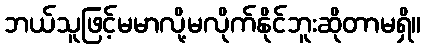
ဘယ်သူဖြင့်မမာလို့မလိုက်နိုင်ဘူးဆိုတာမရှိ။